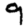
Digit: 9